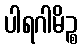
ပါရဂါမိဉ္စ